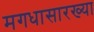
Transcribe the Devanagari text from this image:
मगधासारख्या